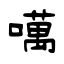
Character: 噧